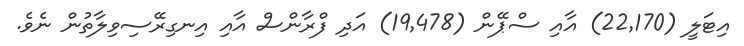
އިޓަލީ (22